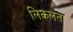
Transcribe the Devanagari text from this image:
लिकलता